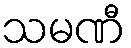
သမဏီ